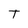
Character: T